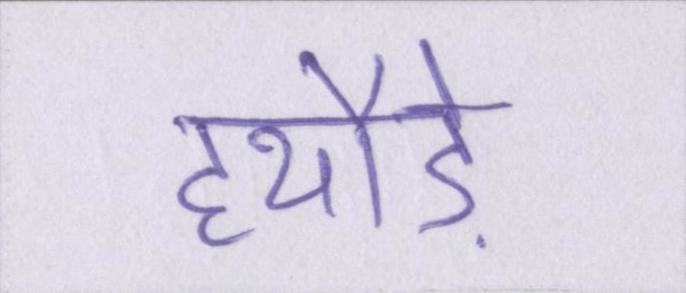
हथौड़े